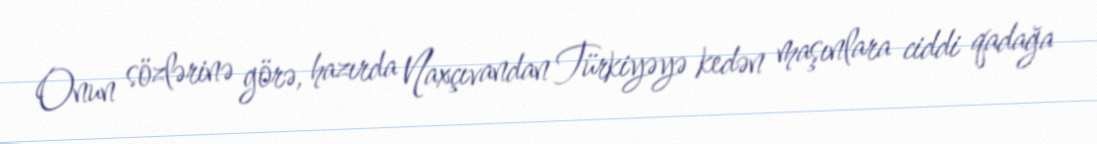
Onun sözlərinə görə, hazırda Naxçıvandan Türkiyəyə kedən maşınlara ciddi qadağa